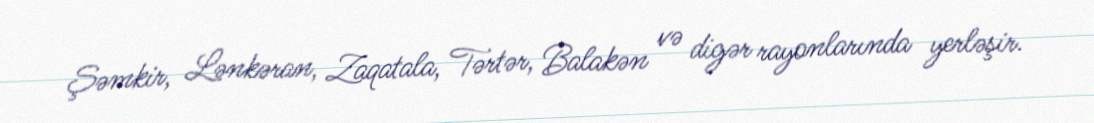
Şəmkir, Lənkəran, Zaqatala, Tərtər, Balakən və digər rayonlarında yerləşir.